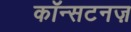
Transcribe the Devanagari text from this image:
कॉन्सटनज़